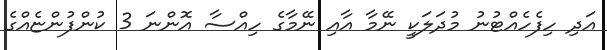
އަދި ހިފެހެއްޓުނު މުދަލަކީ ނޭމާ އާއި ނޭމާގެ ހިއްސާ އޮންނަ 3 ކުންފުންޏެއްގެ